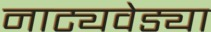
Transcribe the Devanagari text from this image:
नाट्यवेड्या